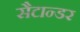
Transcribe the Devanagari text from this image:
सैटान्डर